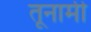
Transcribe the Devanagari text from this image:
तूनामी